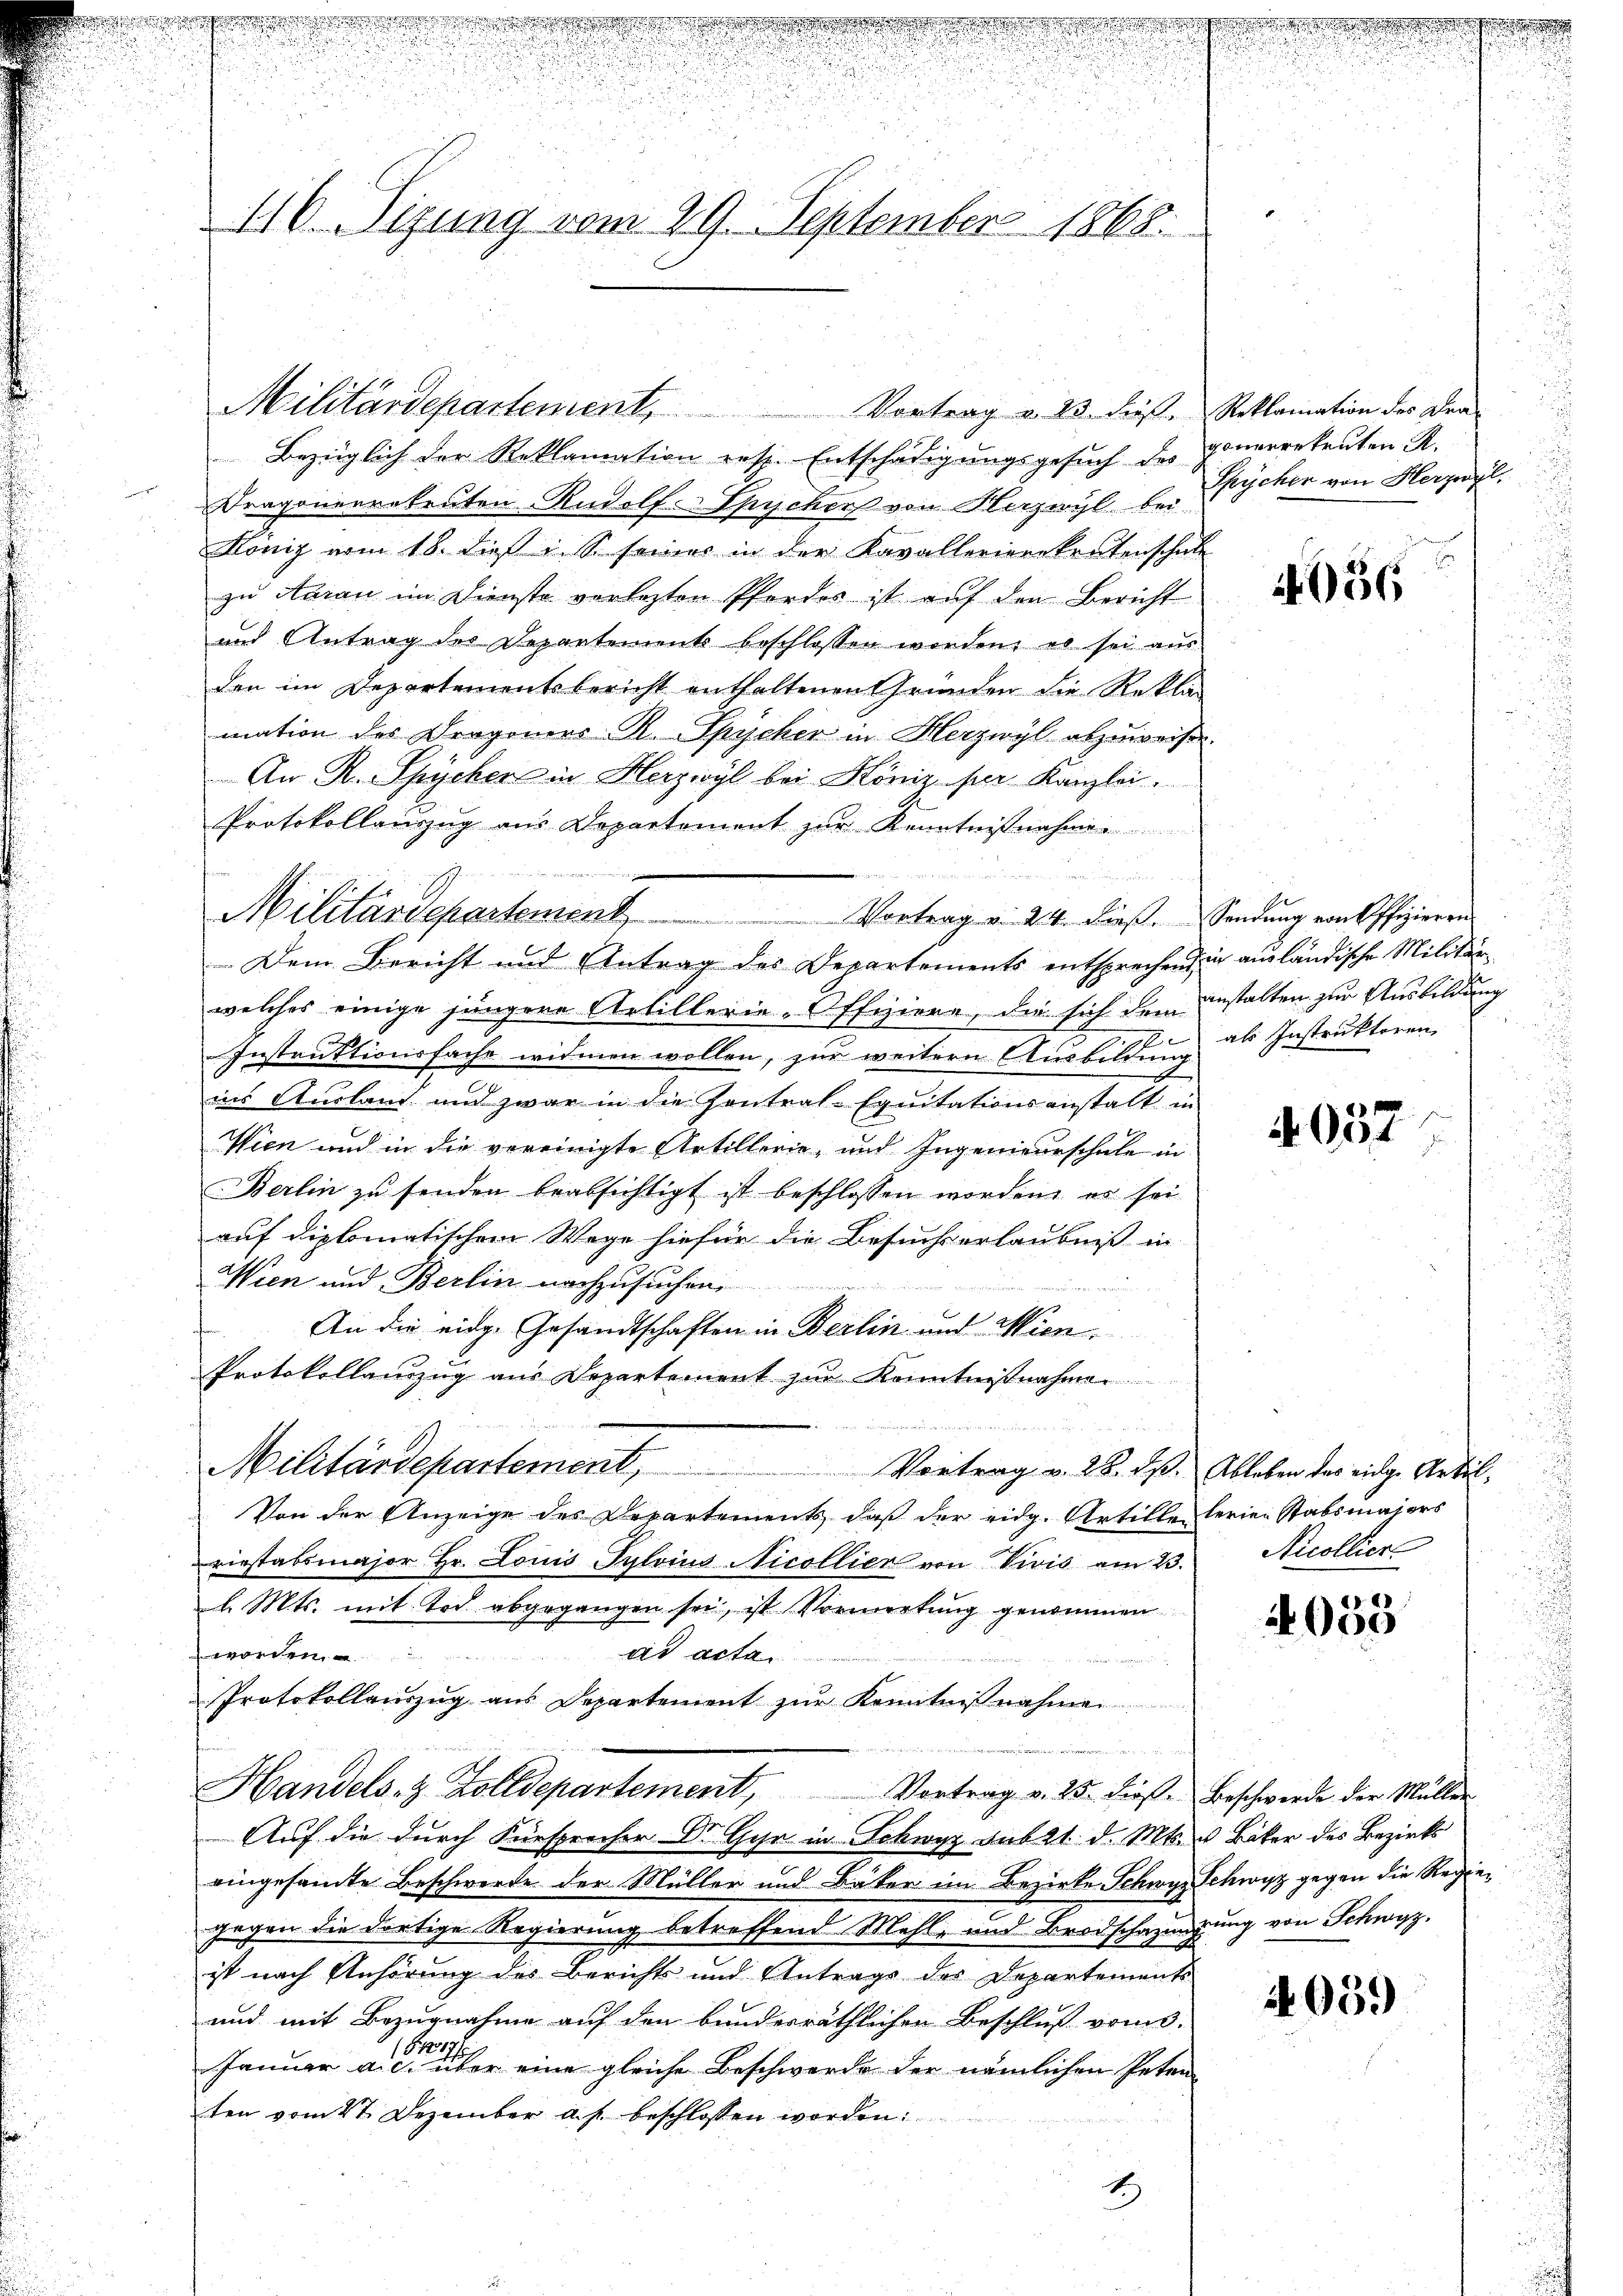
116. Sizung vom 29. September 1868.

Militärdepartement,

Militärdepartement

u
 Vortrag v. 24. dieß. Sendung von Offizieren
Dem Bericht und Antrag des Departements entsprechen, in ausländische Militär¬

Bezüglich der Reklamation resp. Entschädigungsgesuch des
Dragonerratenten Rudolf-Spycher von Herzwyl bei
König vom 18. dieß i. S. seines in der Kavallerierekrutenschal
zu Aurau im Dienste verlezten Pfordes ist auf den Bericht
und Antrag des Departements beschlossen worden, es sei aus
den im Departementsbericht enthaltenen Gründen die Rekla
mation des Dergeners R. Spycher in Herzwyl abzuweise.
An R. Spycher in Herzwyl bei Köniz per Kanzlei.
Protokollauszug aus Departement zur Kenntnißnahme
welches einige jüngere Artillerie-Offiziere, die sich den anstalten zur Ausbildung
Instruktionsfache widmen wollen, zur weitern Ausbildung als Instruktoren
ins Ausland und zwar in die Contral-Equitationsanstalt in
Wien und in die vereinigte Artillerie- und Ingenieurschule in
Berlin zu senden beabsichtigt ist beschlossen worden, es sei
auf diplomatischen Wege hiefür die Besuchs erlaubniß in
Wien und Berlin nachzusuchen.
An die eidge Gesandtschaften in Berlin und Wien.
Protokollauszug aus Departement zur Kenntnißnahme
2
Militärdepartement,
Vortrag v. 28. dß. Ableben des eidg. Artil¬
Von der Anzeige des Departement, daß der eidg. Artille lerien Stabsmajors
riestabsmajor Hr. Louis Pylvius Nicollier von Vivis am 23. Nicollier
l. Mts. mit Tod abgegangen sei, ist Vormerkung genommen
ad acta
worden.
Protokollauszug aus Departement zŭr Kenntnißnahme
  der
Handels- & Zolldepartement, Vortrag v. 25. dieβ. Beschwerde der Müller
Auf die durch Fürsprecher Dr. Gyr in Schwyz sub 21. d. Mts. u Bäker des Bezirks
eingesamte Beschwerde der Müller und Bäker im Bezirke Schwyz Schwyz gegen die Regiegegen die dortige Regierung betreffend Mehle und Brodschazungung von Schwyz.
ist nach Anhörung des Berichts und Antrags der Departements
und mit Bezugnahme auf den bunderräthlichen Beschluß vom 3.
19
Januar a. c. über eine gleiche Beschwerde der nämlichen Peten
ten vom 27. Dezember a. p. beschlossen worden:

Vortrag v. 23. dieß, Reklamation des Dra-

E

gonerrekenten R.
Spycher von Herzwyl,

1956

4057

2

:
4050

4059